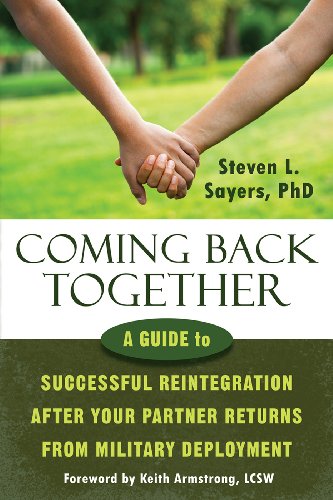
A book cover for Coming Back Together: A Guide to Successful Reintegration After Your Partner Returns from Military Deployment; Steven L. Sayers PhD; Parenting & Relationships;